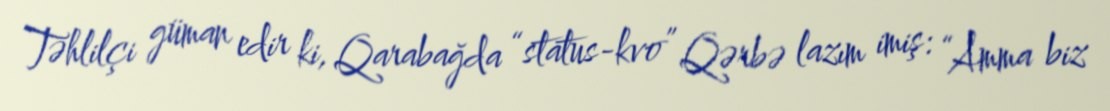
Təhlilçi güman edir ki, Qarabağda “status-kvo” Qərbə lazım imiş: “Amma biz